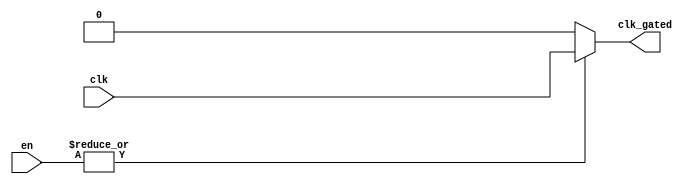
module clock_gating (
    input wire clk,            // Primary clock signal
    input wire [N-1:0] en,    // Enable signals (N enable signals)
    output wire clk_gated      // Gated clock signal
);

// Parameter for the number of enable signals
parameter N = 4; // Adjust this value as needed

// Internal signal to hold the ORed enable signals
wire or_en;

// OR gate to combine the enable signals
assign or_en = |en; // Bitwise OR operation on all enable signals

// Gated clock logic
assign clk_gated = or_en ? clk : 1'b0; // If any enable signal is high, pass clk; otherwise, output 0

endmodule